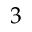
3